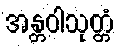
အန္တဝါသုတ္တံ